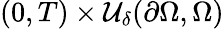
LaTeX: (0,T)\times\mathcal U_{\delta}(\partial\Omega,\Omega)